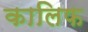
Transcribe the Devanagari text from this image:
कालिफ